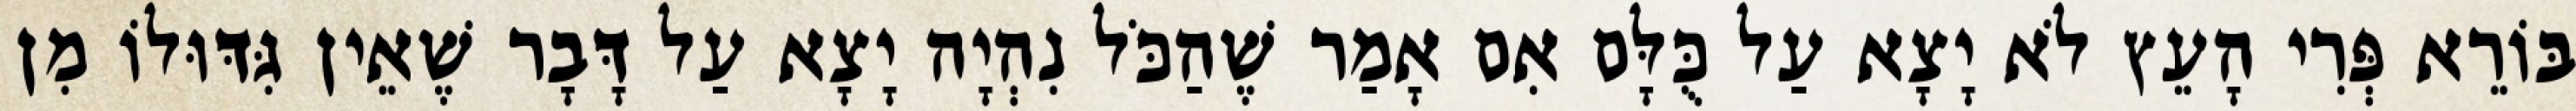
בּוֹרֵא פְּרִי הָעֵץ לֹא יָצָא עַל כֻּלָּם אִם אָמַר שֶׁהַכֹּל נִהְיָה יָצָא עַל דָּבָר שֶׁאֵין גִּדּוּלוֹ מִן